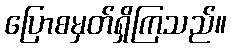
ပြောစမှတ်ရှိကြသည်။